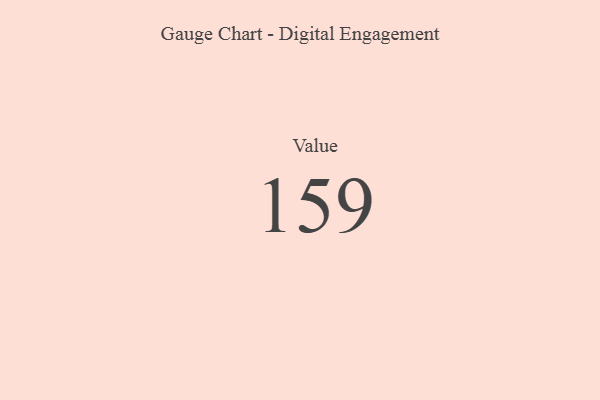
{"axis": {"x": "Metric", "y": "Value"}, "legend": [""], "data": [{"x": "Value", "y": 159, "type": ""}]}